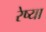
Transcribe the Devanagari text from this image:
रेष्या